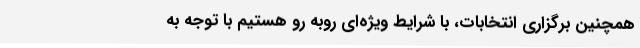
همچنین برگزاری انتخابات، با شرایط ویژه‌ای روبه رو هستیم با توجه به